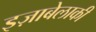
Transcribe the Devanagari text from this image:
इज़ाबेलाकी